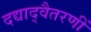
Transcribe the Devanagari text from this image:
दद्याद्वैतरणीं